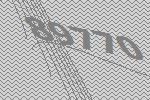
89770